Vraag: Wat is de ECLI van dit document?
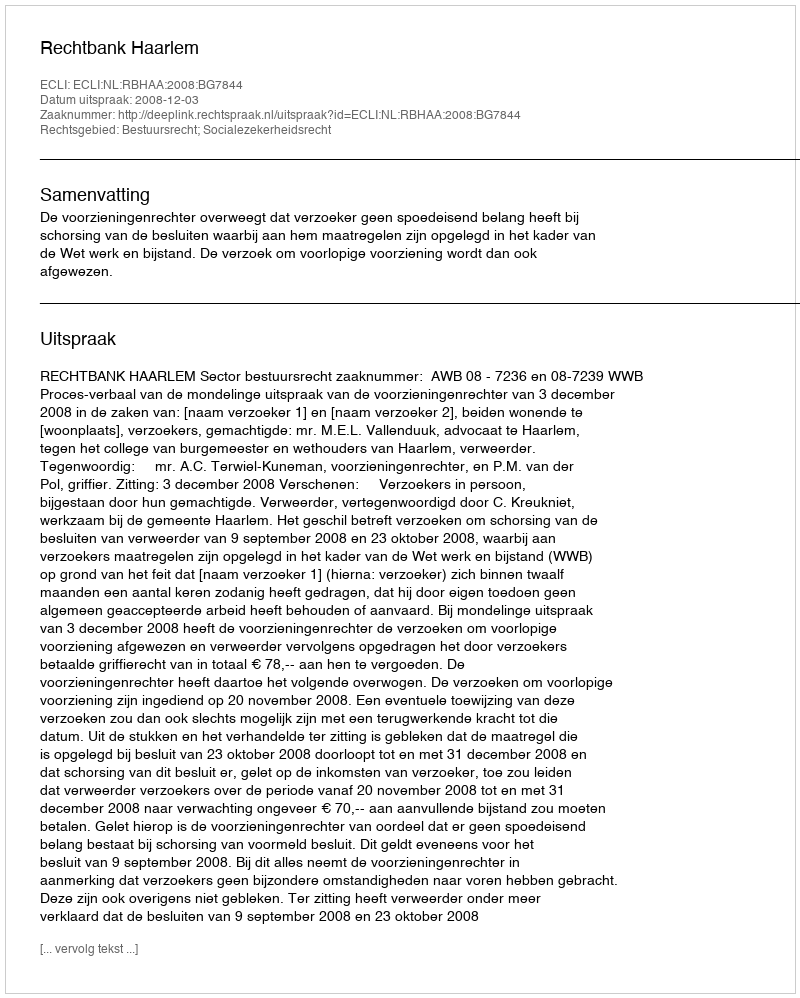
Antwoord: ECLI:NL:RBHAA:2008:BG7844